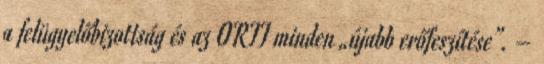
a felü­gye­lő­bi­zottság és az ORTT minden „újabb erőfeszítése”. –